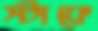
স্টাফে